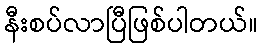
နီးစပ်လာပြီဖြစ်ပါတယ်။